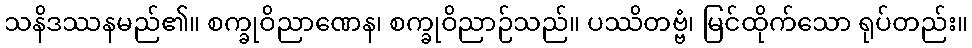
သနိဒဿနမည်၏။ စက္ခုဝိညာဏေန၊ စက္ခုဝိညာဉ်သည်။ ပဿိတဗ္ဗံ၊ မြင်ထိုက်သော ရုပ်တည်း။